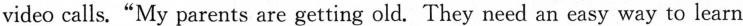
D.old people needn't learn new technology